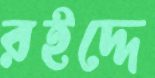
রইদ্দে